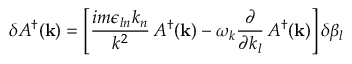
\delta A ^ { \dagger } ( { \bf k } ) = \left[ \frac { i m \epsilon _ { l n } k _ { n } } { k ^ { 2 } } \, A ^ { \dagger } ( { \bf k } ) - \omega _ { k } \frac { \partial } { \partial k _ { l } } \, A ^ { \dagger } ( { \bf k } ) \right] \delta \beta _ { l }